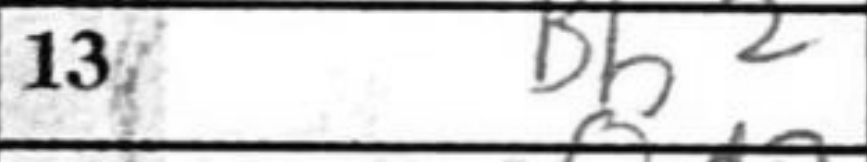
Transcription: Bb2